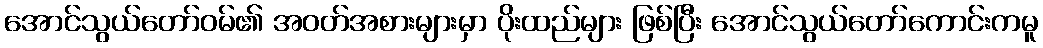
အောင်သွယ်တော်ဝမ်၏ အဝတ်အစားများမှာ ပိုးထည်များ ဖြစ်ပြီး အောင်သွယ်တော်ကောင်းကမူ